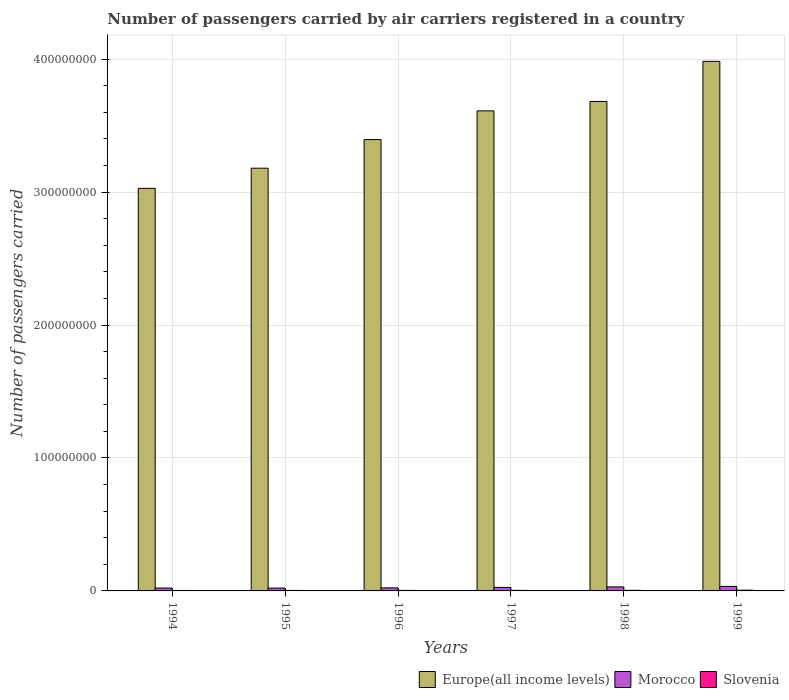
| Years | Europe(all income levels) | Morocco | Slovenia |
 | --- | --- | --- | --- |
 | 1994 | 3.03e+08 | 2.18e+06 | 3.4e+05 |
 | 1995 | 3.18e+08 | 2.15e+06 | 3.71e+05 |
 | 1996 | 3.4e+08 | 2.3e+06 | 3.93e+05 |
 | 1997 | 3.61e+08 | 2.64e+06 | 4.04e+05 |
 | 1998 | 3.68e+08 | 3.01e+06 | 4.6e+05 |
 | 1999 | 3.98e+08 | 3.39e+06 | 5.56e+05 |